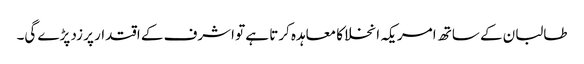
طالبان کے ساتھ امریکہ انخلا کا معاہدہ کرتا ہے تو اشرف کے اقتدار پر زد پڑے گی۔